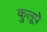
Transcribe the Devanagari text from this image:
कुलूपे